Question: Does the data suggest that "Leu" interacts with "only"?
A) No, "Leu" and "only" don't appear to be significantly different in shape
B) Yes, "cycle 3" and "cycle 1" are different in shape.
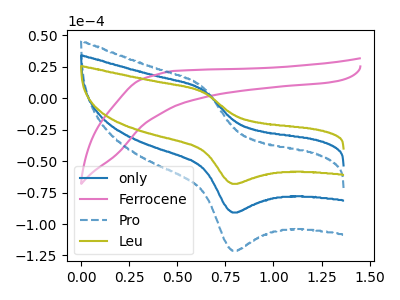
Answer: <think>The blue curve "only" has an anodic peak at (0.65V, 6.35uA) and a cathodic peak at (0.80V, -90.85uA). The pink curve "Ferrocene" has no peaks. The blue dashed curve "Pro" has an anodic peak at (0.65V, 12.65uA) and a cathodic peak at (0.80V, -181.70uA). The olive curve "Leu" has an anodic peak at (0.65V, 4.75uA) and a cathodic peak at (0.80V, -68.10uA).
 All the peaks in "Leu" have a peak in "only" at the same potential. Every peak in "Leu" is lower than every peak in "only".</think>
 <answer>A) No, "Leu" and "only" don't appear to be significantly different in shape</answer>
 <eval>A</eval>